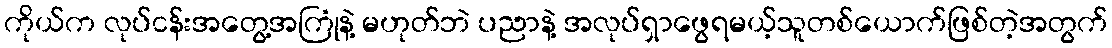
ကိုယ်က လုပ်ငန်းအတွေ့အကြုံနဲ့ မဟုတ်ဘဲ ပညာနဲ့ အလုပ်ရှာဖွေရမယ့်သူတစ်ယောက်ဖြစ်တဲ့အတွက်